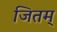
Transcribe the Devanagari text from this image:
जितम्